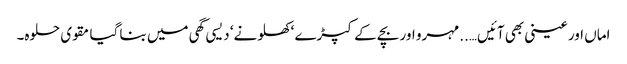
اماں اور عینی بھی آئیں…..مہرو اور بچے کے کپڑے ‘ کھلونے‘ دیسی گھی میں بنا گیا مقوی حلوہ۔